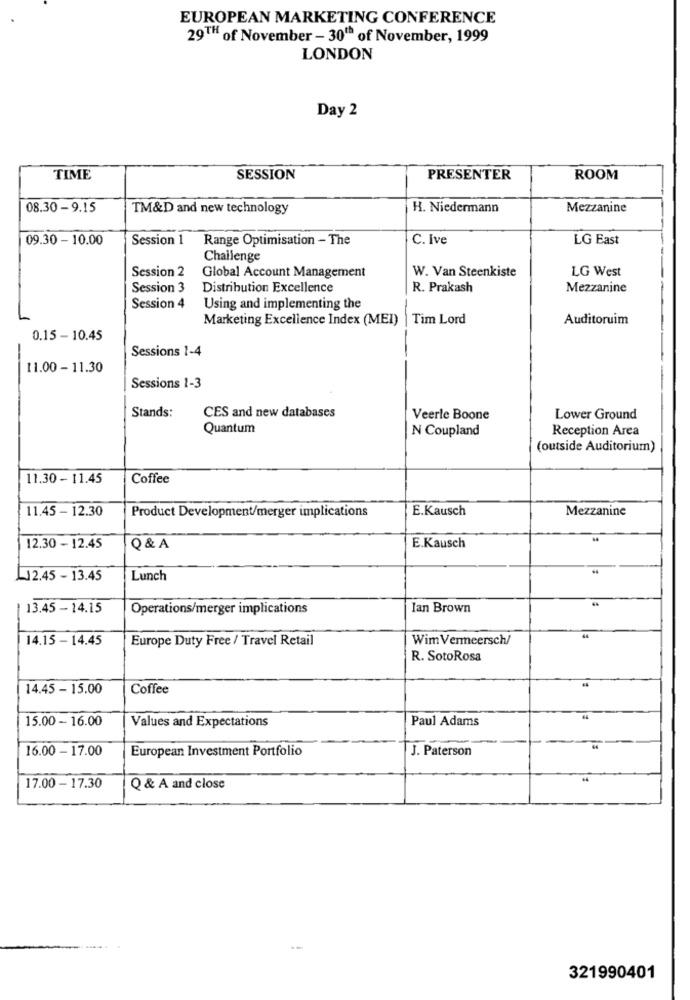
EUROPEAN MARKETING CONFERENCE
29TH of November - 30" of November, 1999
LONDON
Day 2
TIME
SESSION
PRESENTER
ROOM
08.30- 9.15
TM&D and new technology
H. Niedermann
Mezzanine
09.30 - 10.00
Session 1
Range Optimisation - The
C. Ive
LG East
Challenge
Session 2
W. Van Steenkiste
LG West
Global Account Management
Session 3
Distribution Excellence
R. Prakash
Mezzanine
Session 4
Using and implementing the
Marketing Excellence Index (MEI) |
Tim Lord
Auditoruim
0.15 - 10.45
Sessions 1-4
11.00 - 11.30
Sessions 1-3
Stands:
CES and new databases
Veerle Boone
Lower Ground
Quantum
N Coupland
Reception Area
(outside Auditorium)
11.30 - 11.45
Coffee
11.45 - 12.30
Product Development/merger implications
E.Kausch
Mezzanine
12.30 - 12.45
Q & A
E.Kausch
L12.45 - 13.45
Lunch
13.45 - 14.15
Operations/merger implications
Ian Brown
14.15 - 14.45
Europe Duty Free / Travel Retail
Wim Vermeersch/
44
R. SotoRosa
14.45 - 15.00
Coffee
15.00 - 16.00
Values and Expectations
Paul Adams
16.00 - 17.00
European Investment Portfolio
J. Paterson
17.00 - 17.30
Q & A and close
321990401